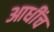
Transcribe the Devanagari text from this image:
आधींच